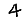
Digit: 4